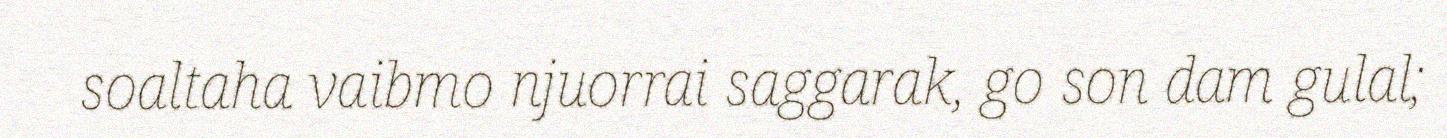
soaltaha vaibmo njuorrai saggarak, go son dam gulal;